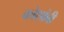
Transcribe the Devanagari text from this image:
कोशांबी